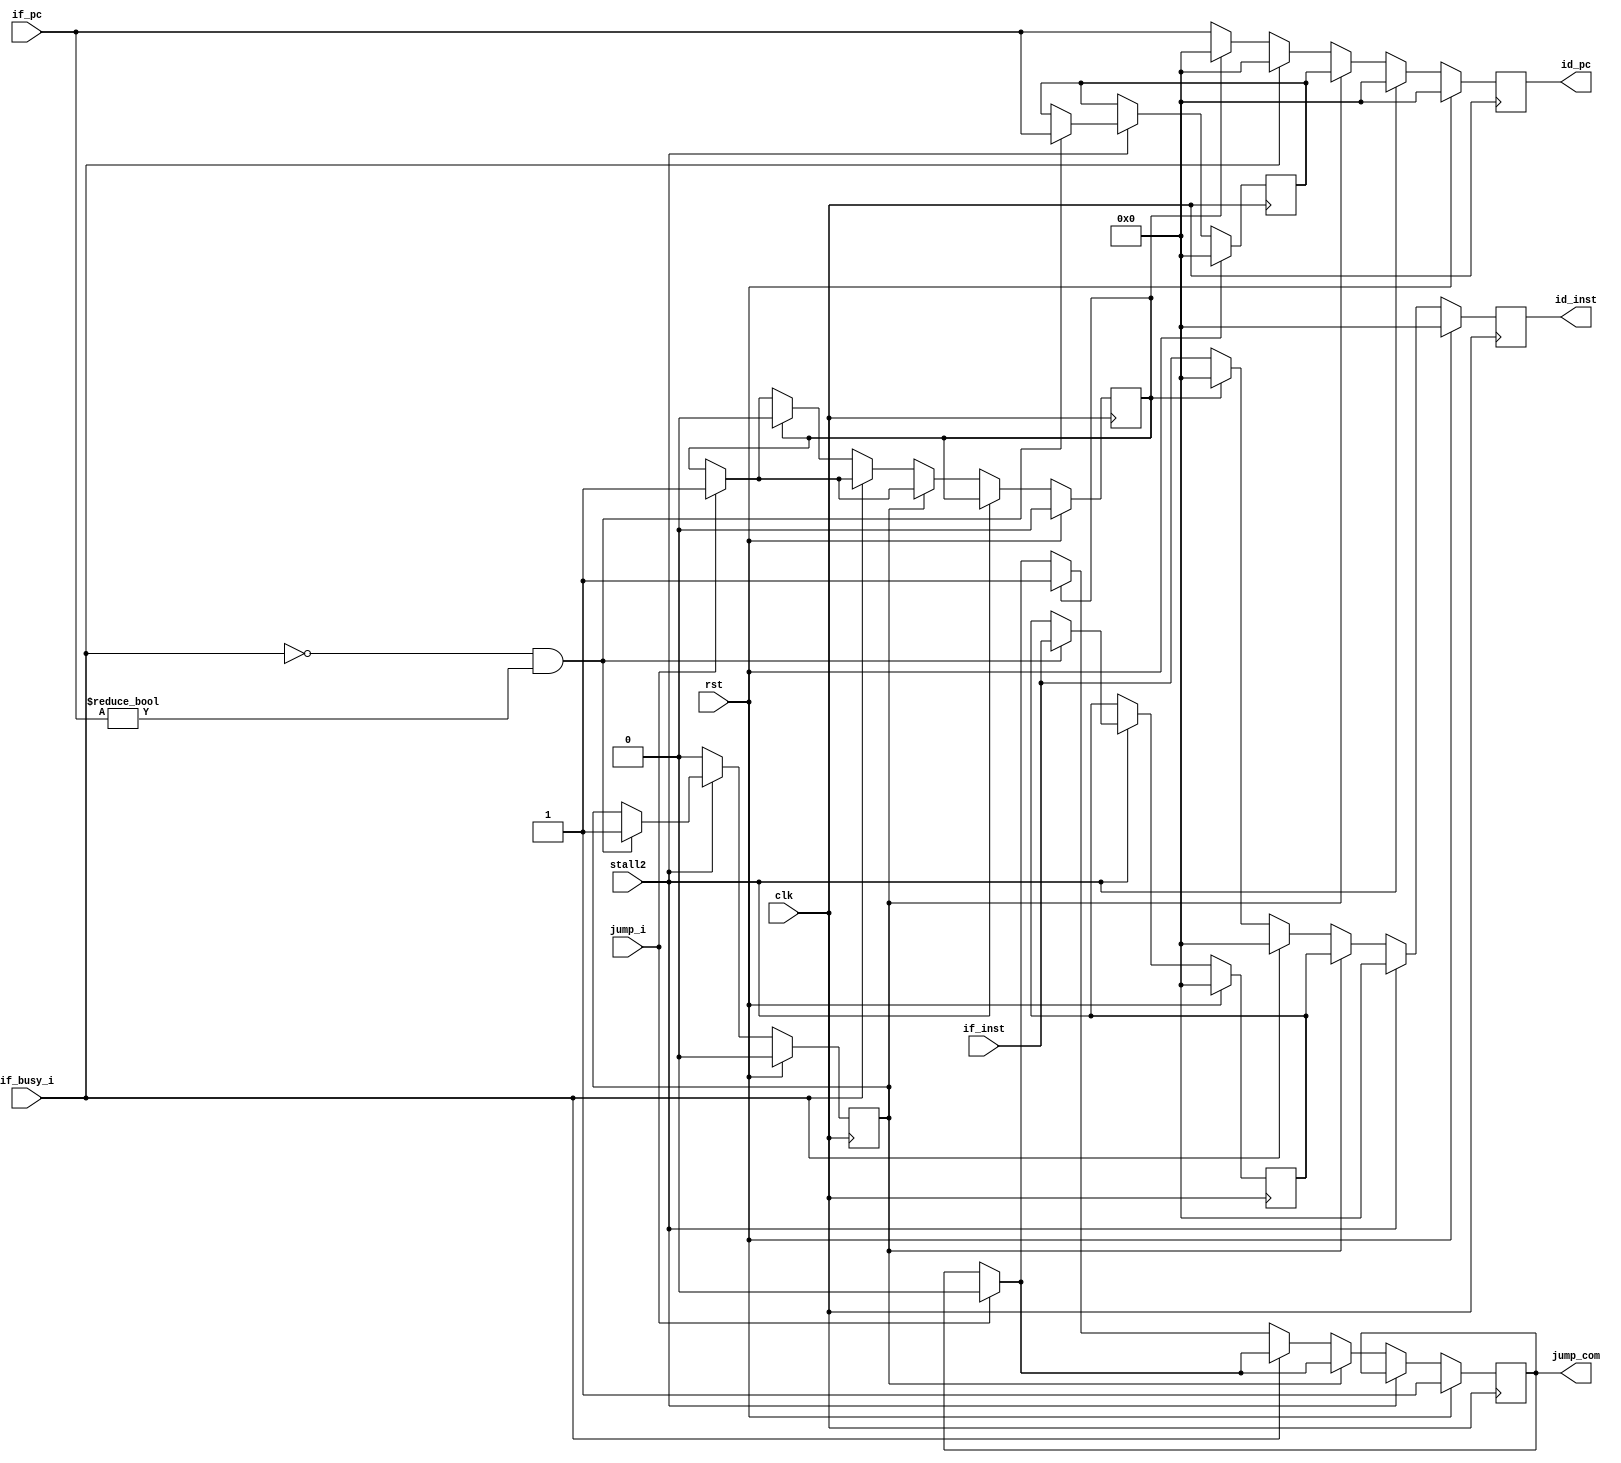
module if_id(
    input wire clk,
    input wire rst,
    //mem input
    input wire if_busy_i,
    input wire[31:0] if_pc,
    input wire[31:0] if_inst,
    //if_id output
    output reg[31:0] id_pc,
    output reg[31:0] id_inst,
    //jump
    input wire jump_i,
    output reg jump_com,
    //stall
    input wire stall2
);
reg jump;
reg stall_reg;
reg[31:0] pc_reg;
reg[31:0] inst_reg;

    always@(posedge clk) begin
        if(rst == 1'b1) begin
            id_pc <= 32'h0;
            id_inst <= 32'h0;
            jump <= 1'b0;
            jump_com <= 1'b1;
            pc_reg <= 32'h0;
            inst_reg <= 32'h0;
            stall_reg <= 1'b0;
        end else begin
            if(stall2 == 1'b1) begin
                id_pc <= 32'h0;
                id_inst <= 32'h0;
                if(if_busy_i == 1'b0 && if_pc != 32'h0) begin
                    stall_reg <= 1'b1;
                    pc_reg <= if_pc;
                    inst_reg <= if_inst;
                end
            end else begin
                if(jump_i == 1'b1) begin
                    jump <= 1'b1;
                    jump_com <= 1'b0;
                end
                if(stall_reg == 1'b1) begin
                    stall_reg <= 1'b0;
                    id_pc <= pc_reg;
                    id_inst <= inst_reg;
                end else begin
                    if(if_busy_i == 1'b1) begin
                        id_pc <= 32'h0;
                        id_inst <= 32'h0;
                    end else begin
                        if(jump == 1'b1) begin
                            id_pc <= 32'h0;
                            id_inst <= 32'h0;
                            jump <= 1'b0;
                            jump_com <= 1'b1;
                        end else begin
                            id_pc <= if_pc;
                            id_inst <= if_inst;
                        end
                    end
                end
            end
        end
    end

endmodule